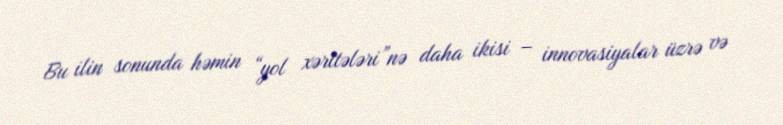
Bu ilin sonunda həmin “yol xəritələri”nə daha ikisi – innovasiyalar üzrə və